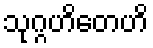
သုဂ္ဂဟိတေဟိ